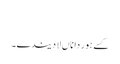
‏
کسے ہور دا ناں لا دیندے۔